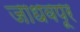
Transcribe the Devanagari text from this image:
जाधवपूर